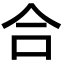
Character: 合